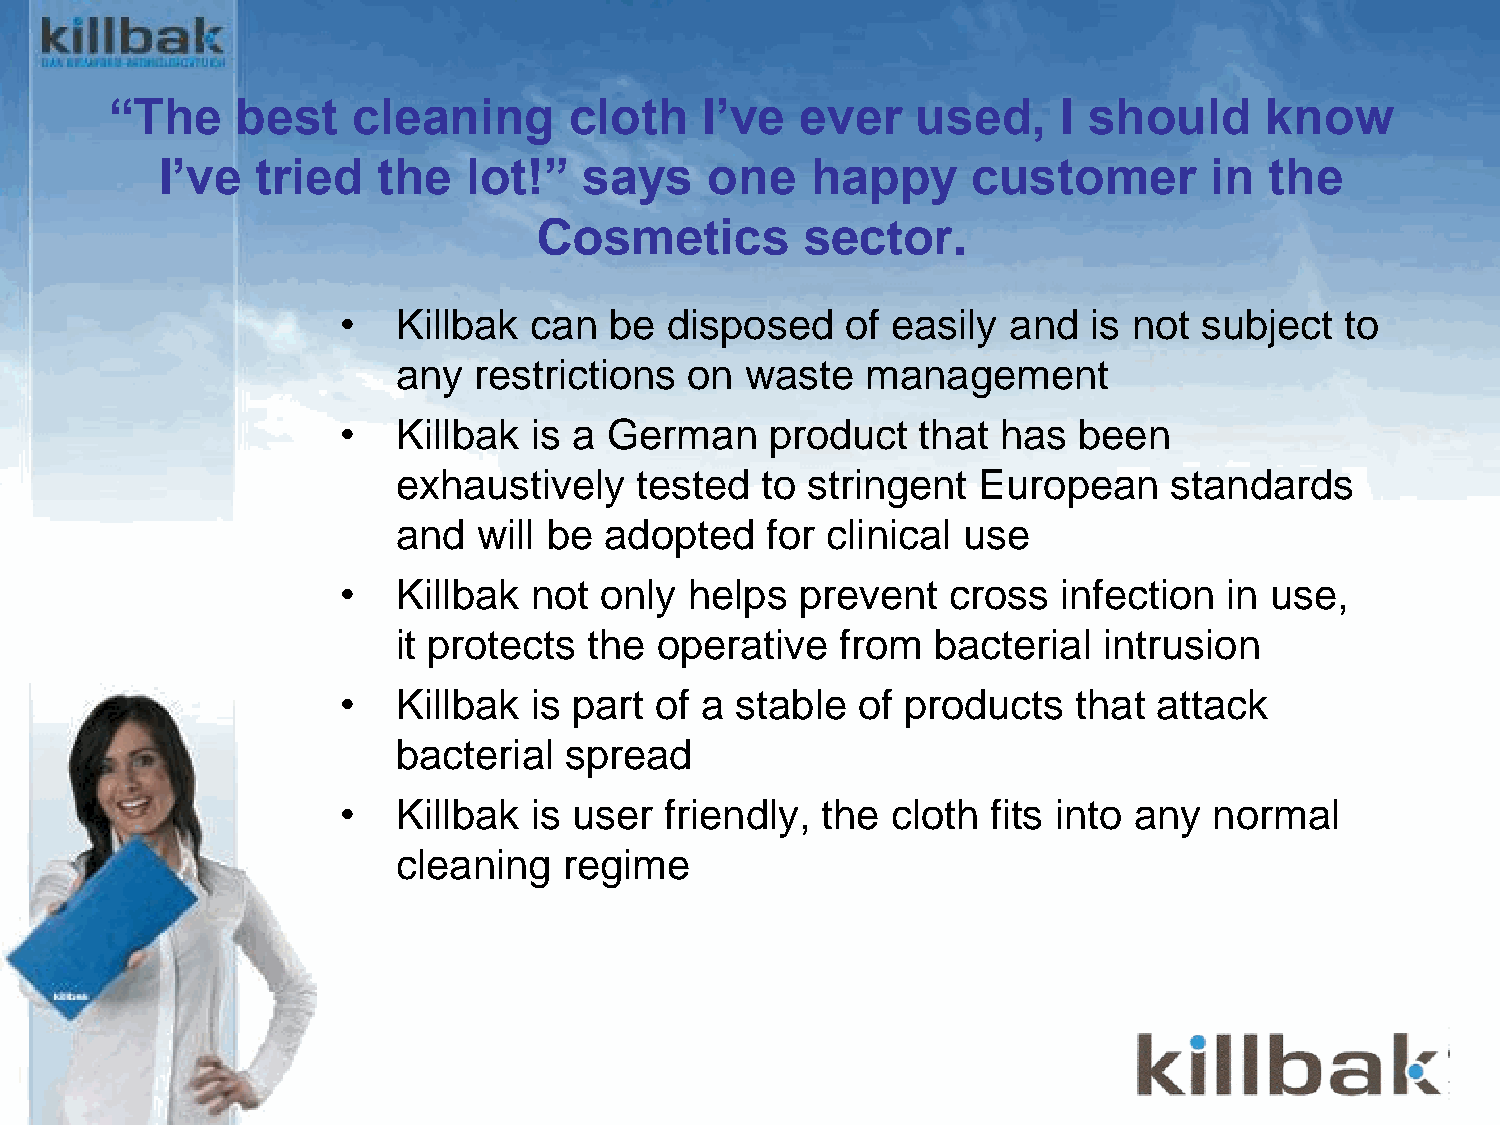
BlueWish®
 “The     best   cleaning       cloth    I’ve  ever    used,    I should      know
 I’ve  tried   the   lot!”   says    one    happy     customer        in  the
 Cosmetics        sector.
 •   Killbak  can  be  disposed    of easily  and  is not  subject  to
 any  restrictions  on  waste   management
 •   Killbak  is a German     product   that has  been
 exhaustively    tested  to stringent   European     standards
 and   will be adopted    for clinical use
 •   Killbak  not  only  helps  prevent   cross  infection  in use,
 it protects  the operative    from  bacterial  intrusion
 •   Killbak  is part of a  stable  of products   that  attack
 bacterial  spread
 •   Killbak  is user  friendly, the  cloth  fits into any normal
 cleaning   regime